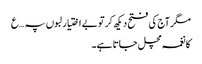
مگر آج کی فتح دیکھ کر تو بے اختیار لبوں پہ …ع
کا نغمہ مچل جاتا ہے۔